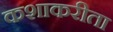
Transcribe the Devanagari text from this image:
कशाकरीता